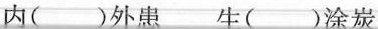
内( )外患 生( )涂炭